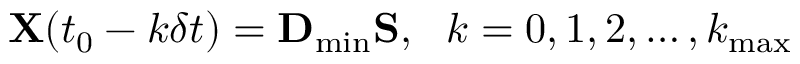
{ \bf X } ( t _ { 0 } - k \delta t ) = { \bf D } _ { \mathrm { m i n } } { \bf S } , ~ ~ k = 0 , 1 , 2 , \ldots , k _ { \mathrm { m a x } }